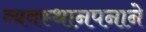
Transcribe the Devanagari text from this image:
व्यवस्थानपनाने